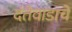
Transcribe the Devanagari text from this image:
दंतेवाडाचे